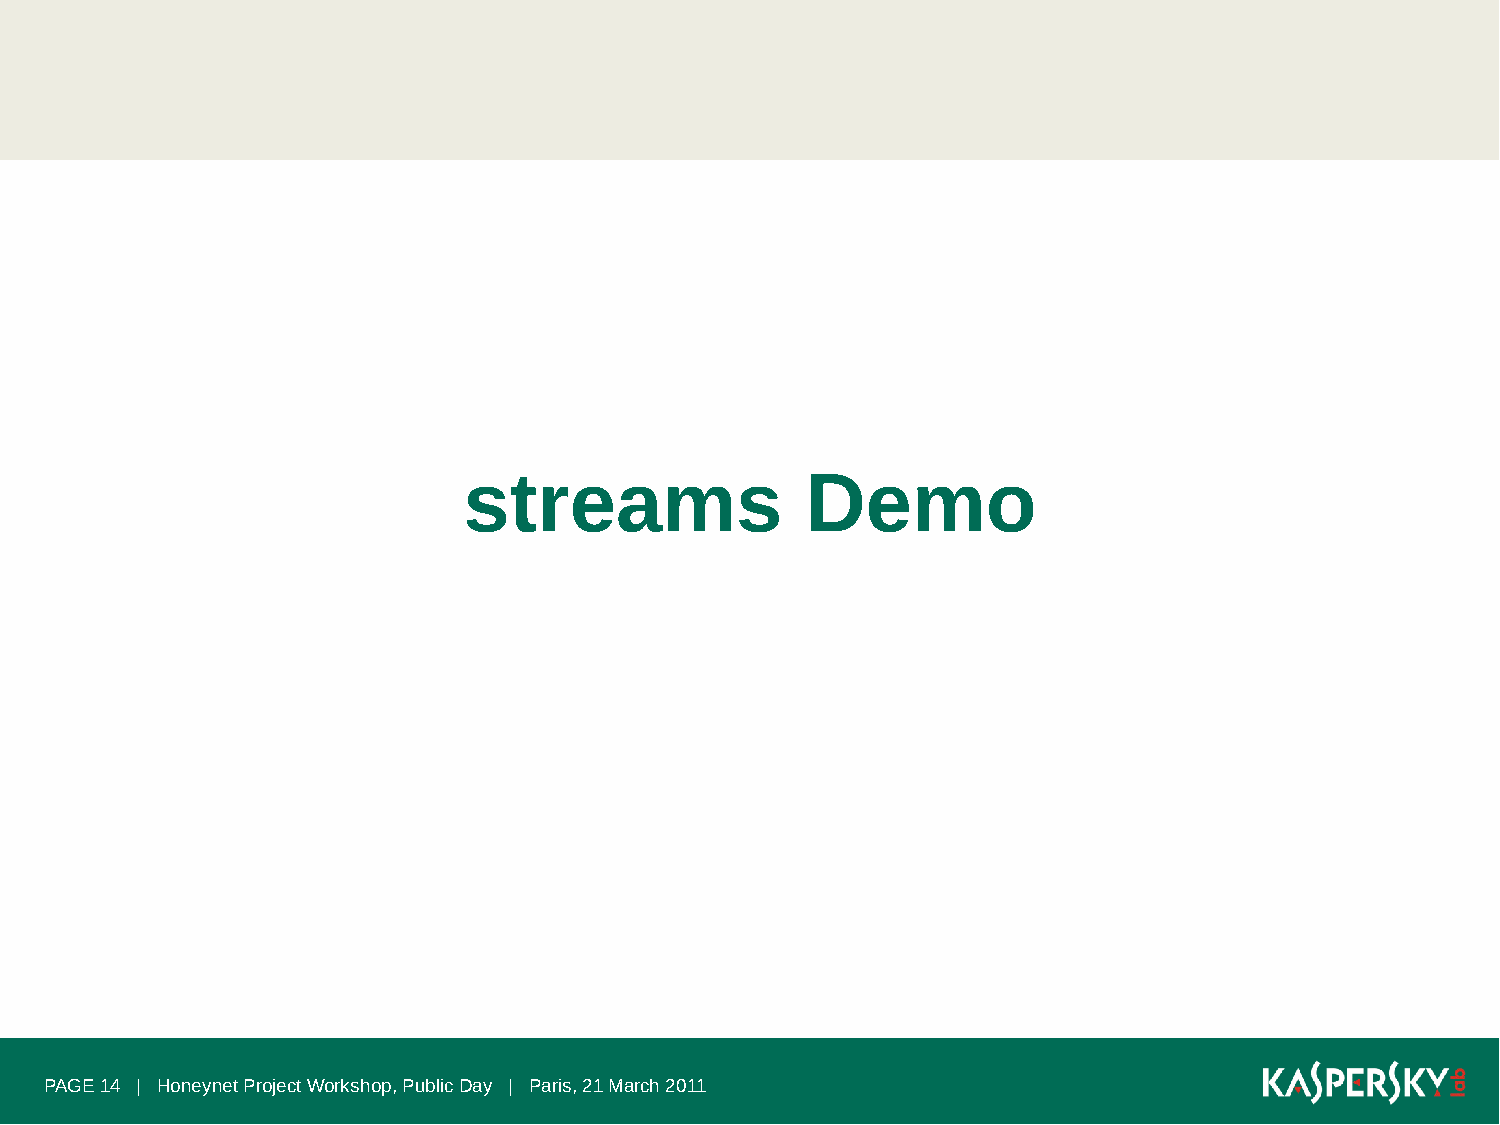
streams               Demo
 PAGE 14 | Honeynet Project Workshop, Public Day | Paris, 21 March 2011